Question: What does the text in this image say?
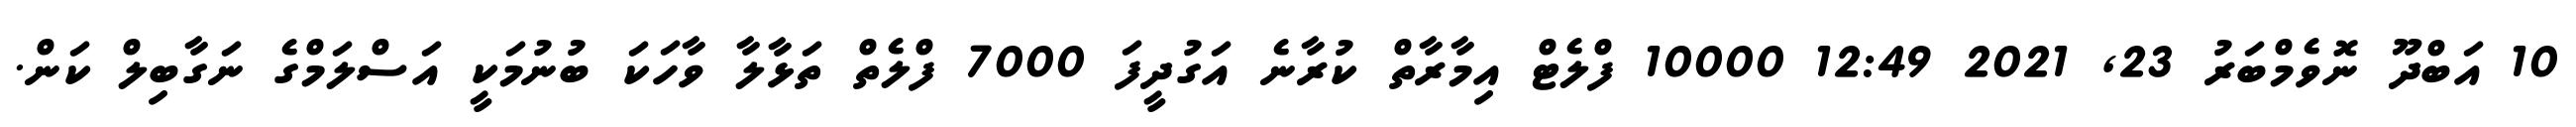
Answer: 10 އަބްދޫ ނޮވެމްބަރު 23, 2021 12:49 10000 ފްލެޓް އިމާރާތް ކުރާނެ އަގުދީފަ 7000 ފްލެތް ތަޅާލާ ވާހަކަ ބުނުމަކީ އަސްލަމްގެ ނަގާބިލް ކަން.